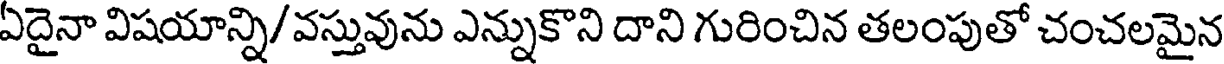
ఏదైనా విషయాన్ని/వస్తువును ఎన్నుకొని దాని గురించిన తలంపుతో చంచలమైన